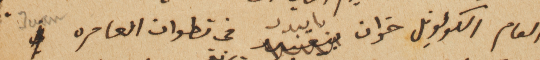
العام الكولونيل خوان بايبدد في تطواف العامره Juan